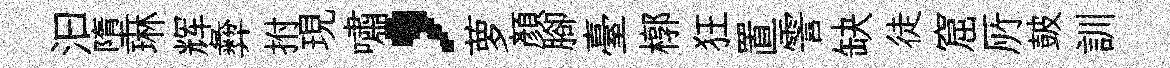
汩墮琳辉彜拊現嘯，萝顏腳臺槨狂置霅缺徒窟𠩄皷訓